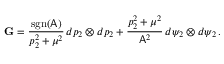
\mathbf { G } = \frac { \mathrm { s g n } ( \mathsf { A } ) } { p _ { 2 } ^ { 2 } + \mu ^ { 2 } } \, d p _ { 2 } \otimes d p _ { 2 } + \frac { p _ { 2 } ^ { 2 } + \mu ^ { 2 } } { \mathsf { A } ^ { 2 } } \, d \psi _ { 2 } \otimes d \psi _ { 2 } \, .